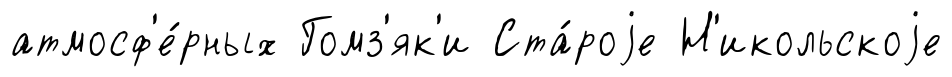
атмосф'е́рных Гомз'як'и Ста́роjе Н'икольскоjе